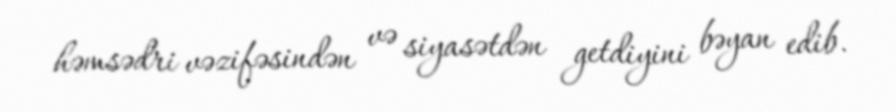
həmsədri vəzifəsindən və siyasətdən getdiyini bəyan edib.